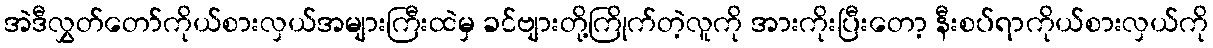
အဲဒီလွှတ်တော်ကိုယ်စားလှယ်အများကြီးထဲမှ ခင်ဗျားတို့ကြိုက်တဲ့လူကို အားကိုးပြီးတော့ နီးစပ်ရာကိုယ်စားလှယ်ကို